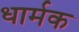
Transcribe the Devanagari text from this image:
धार्मक